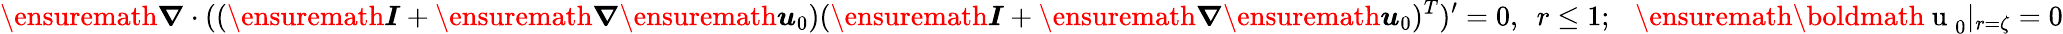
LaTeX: \ensuremath{\boldsymbol{\nabla}}\cdot((\ensuremath{\boldsymbol{I}}+\ensuremath{\boldsymbol{\nabla}}\ensuremath{\boldsymbol{u}}_{0})(\ensuremath{\boldsymbol{I}}+\ensuremath{\boldsymbol{\nabla}}\ensuremath{\boldsymbol{u}}_{0})^{T})^{\prime}=0,~~r\leq 1;~~~\ensuremath{\mathrm{\boldmath~u~}}_{0}|_{r=\zeta}=0